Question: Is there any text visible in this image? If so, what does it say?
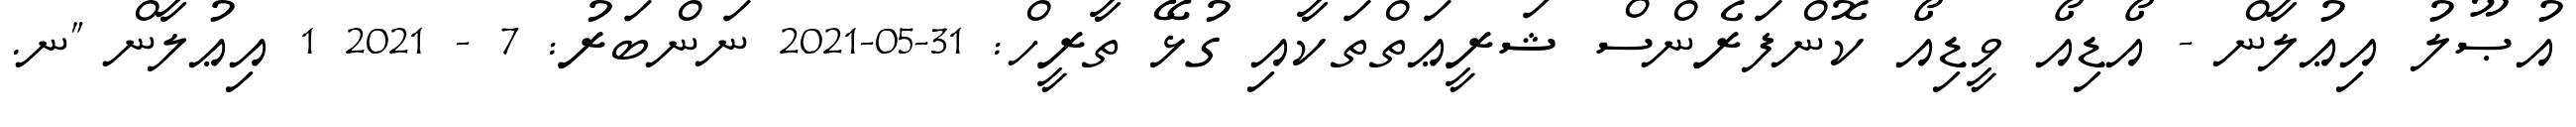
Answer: އުޞޫލު އިޢުލާން - އޯޑިއޯ ވީޑިއޯ ކޮންފަރެންސް ޝަރީޢަތްތަކާއި ގުޅޭ ތާރީހް: 31-05-2021 ނަންބަރު: 7 - 2021 1 އިޢުލާން "ނ.